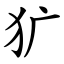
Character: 犷